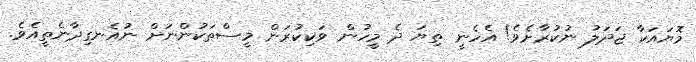
މޮޔައަކާ ޖަދަލު ނުކުރާށެވެ! އެހެނީ ތިޔަ ދެ މީހުން ވަކިކުރަން މީސްތަކުންނަށް ނުއެނގިދާނެތީއެވެ.